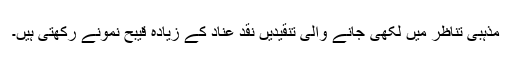
مذہبی تناظر میں لکھی جانے والی تنقیدیں نقد عناد کے زیادہ قیبح نمونے رکھتی ہیں۔